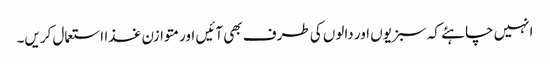
انہیں چاہئے کہ سبزیوں اور دالوں کی طرف بھی آئیں اور متوازن غذا استعمال کریں۔